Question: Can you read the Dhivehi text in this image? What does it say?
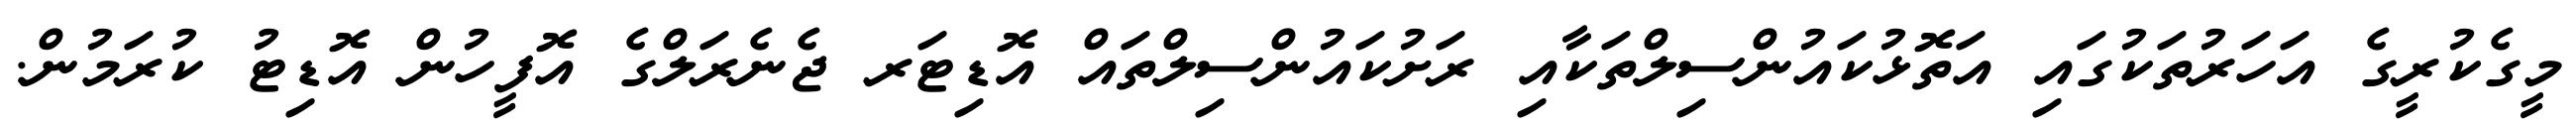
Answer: މީގެކުރީގެ އަހަރުތަކުގައި އަތޮޅުކައުންސިލްތަކާއި ރަށުކައުންސިލްތައް އޮޑިޓަރ ޖެނެރަލްގެ އޮފީހުން އޮޑިޓު ކުރަމުން.